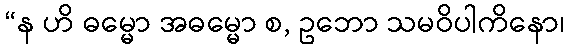
“န ဟိ ဓမ္မော အဓမ္မော စ, ဥဘော သမဝိပါကိနော၊